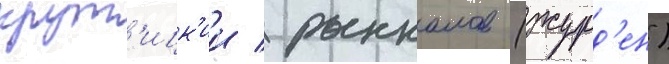
крут'ицк'ии / рыкалов (журд'ен)